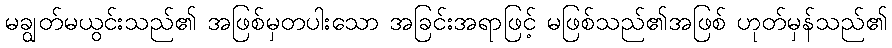
မချွတ်မယွင်းသည်၏ အဖြစ်မှတပါးသော အခြင်းအရာဖြင့် မဖြစ်သည်၏အဖြစ် ဟုတ်မှန်သည်၏